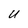
Character: U